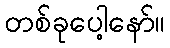
တစ်ခုပေါ့နော်။